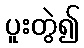
ပူးတွဲ၍